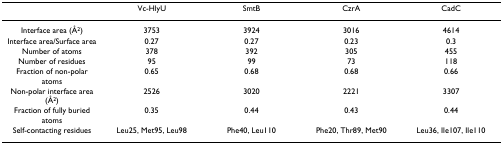
|  | Vc-HlyU | SmtB | CzrA | CadC |
 | --- | --- | --- | --- | --- |
 | Interface area (Å2) | 3753 | 3924 | 3016 | 4614 |
 | Interface area/Surface area | 0.27 | 0.27 | 0.23 | 0.3 |
 | Number of atoms | 378 | 392 | 305 | 455 |
 | Number of residues | 95 | 99 | 73 | 118 |
 | Fraction of non-polar atoms | 0.65 | 0.68 | 0.68 | 0.66 |
 | Non-polar interface area (Å2) | 2526 | 3020 | 2221 | 3307 |
 | Fraction of fully buried atoms | 0.35 | 0.44 | 0.43 | 0.44 |
 | Self-contacting residues | Leu25, Met95, Leu98 | Phe40, Leu110 | Phe20, Thr89, Met90 | Leu36, Ile107, Ile110 |